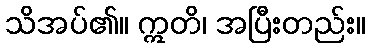
သိအပ်၏။ ဣတိ၊ အပြီးတည်း။